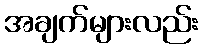
အချက်များလည်း